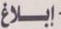
إبلاغ